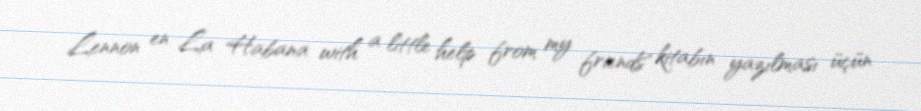
Lennon en La Habana with a little help from my friends" kitabın yazılması üçün